Lunatic asylums Central Provinces reports 1874-1885 - 1874-1885
Year: 1874
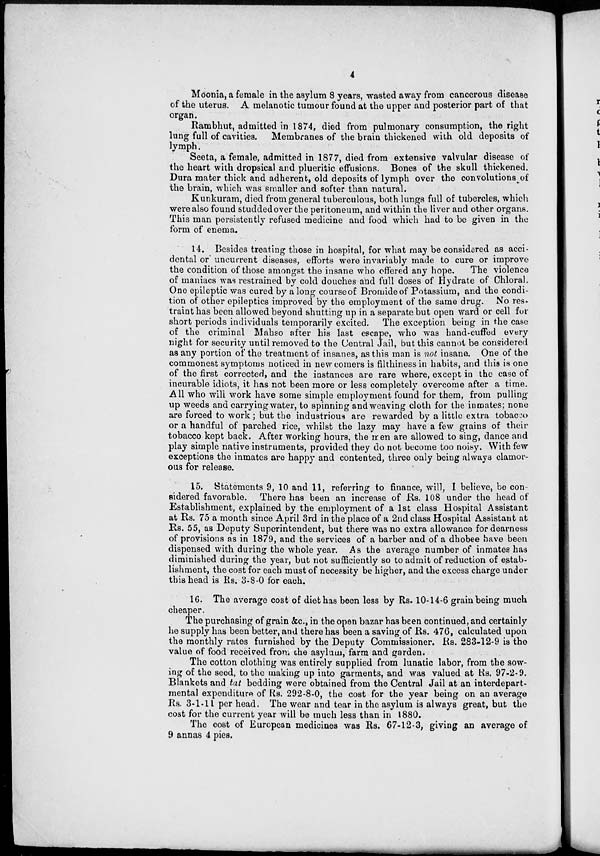
4
Moonia, a female in the asylum 8 years, wasted away from cancerous disease
of the uterus. A melanotic tumour found at the upper and posterior part of that
organ.
Rambhut, admitted in 1874, died from pulmonary consumption, the right
lung full of cavities. Membranes of the brain thickened with old deposits of
lymph.
Seeta, a female, admitted in 1877, died from extensive valvular disease of
the heart with dropsical and plueritic effusions. Bones of the skull thickened.
Dura mater thick and adherent, old deposits of lymph over the convolutions of
the brain, which was smaller and softer than natural.
Kunkuram, died from general tuberculous, both lungs full of tubercles, which
were also found studded over the peritoneum, and within the liver and other organs.
This man persistently refused medicine and food which had to be given in the
form of enema.
14. Besides treating those in hospital, for what may be considered as acci-
dental or' uncurrent diseases, efforts were invariably made to cure or improve
the condition of those amongst the insane who offered any hope.
The violence
of maniacs was restrained by cold douches and full doses of Hydrate of Chloral.
One epileptic was cured by a long course of Bromide of Potassium, and the condi-
tion of other epileptics improved by the employment of the same drug. No res-
traint has been allowed beyond shutting up in a separate but open ward or cell for
short periods individuals temporarily excited. The exception being in the case
of the criminal Mahso after his last escape, who was hand-cuffed every
night for security until removed to the Central Jail, but this cannot be considered
as any portion of the treatment of insanes, as this man is not insane. One of the
commonest symptoms noticed in new comers is filthiness in habits, and this is one
of the first corrected, and the instances are rare where, except in the case of
incurable idiots, it has not been more or less completely overcome after a time.
All who will work have some simple employment found for them, from pulling
up weeds and carrying water, to spinning and weaving cloth for the inmates; none
are forced to work; but the industrious are rewarded by a little extra tobacco
or a handful of parched rice, whilst the lazy may have a few grains of their
tobacco kept back. After working hours, the men are allowed to sing, dance and
play simple native instruments, provided they do not become too noisy. With few
exceptions the inmates are happy and contented, three only being always clamor-
ous for release.
15. Statements 9, 10 and 11, referring to finance, will, I believe, be con-
sidered favorable. There has been an increase of Rs. 108 under the head of
Establishment, explained by the employment of a 1st class Hospital Assistant
at Rs. 75 a month since April 3rd in the place of a 2nd class Hospital Assistant at
Rs. 55, as Deputy Superintendent, but there was no extra allowance for dearness
of provisions as in 1879, and the services of a barber and of a dhobee have been
dispensed with during the whole year. As the average number of inmates has
diminished during the year, but not sufficiently so to admit of reduction of estab-
lishment, the cost for each must of necessity be higher, and the excess charge under
this head is Rs. 3-8-0 for each.
16. The average cost of diet has been less by Rs. 10-14-6 grain being much
cheaper.
The purchasing of grain &c., in the open bazar has been continued, and certainly
he supply has been better, and there has been a saving of Rs. 476, calculated upon
the monthly rates furnished by the Deputy Commissioner. Rs. 283-12-9 is the
value of food received from the asylum, farm and garden.
The cotton clothing was entirely supplied from lunatic labor, from the sow-
ing of the seed, to the making up into garments, and was valued at Rs. 97-2-9.
Blankets and tat bedding were obtained from the Central Jail at an interdepart-
mental expenditure of Rs. 292-8-0, the cost for the year being on an average
Rs. 3-1-11 per head. The wear and tear in the asylum is always great, but the
cost for the current year will be much less than in 1880.
The cost of European medicines was Rs. 67-12-3, giving an average of
9 annas 4 pies.